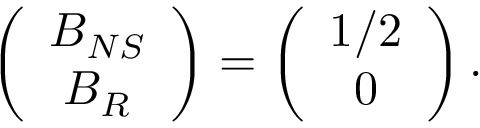
\left( \begin{array} { c } { { B _ { N S } } } \\ { { B _ { R } } } \end{array} \right) = \left( \begin{array} { c } { { 1 / 2 } } \\ { { 0 } } \end{array} \right) .